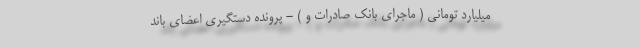
میلیارد تومانی ( ماجرای بانک صادرات و ) - پرونده دستگیری اعضای باند